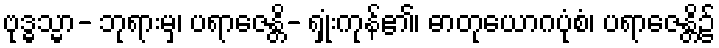
ဗုဒ္ဓသ္မာ- ဘုရားမှ၊ ပရာဇေန္တိ- ရှုံးကုန်၏၊ ဓာတုယောဂပုံစံ၊ ပရာဇေန္တိ၌